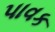
પાવક